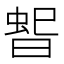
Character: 𭦳